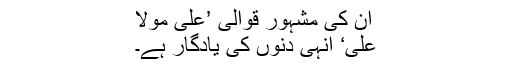
ان کی مشہور قوالی ’علی مولا
علی‘ انہی دنوں کی یادگار ہے۔